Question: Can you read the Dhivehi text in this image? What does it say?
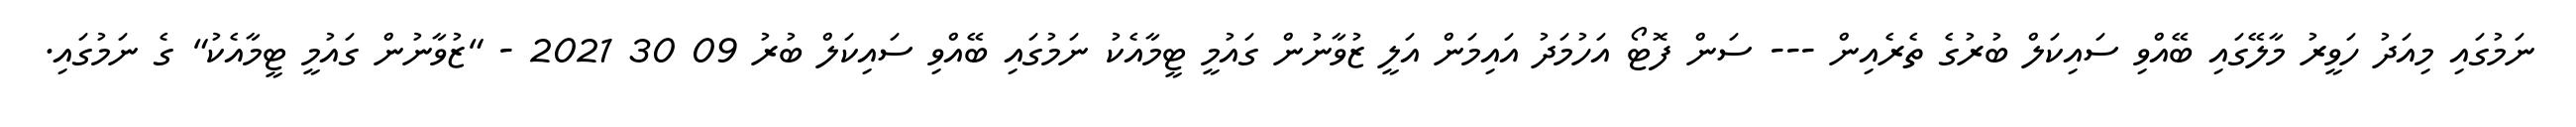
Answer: ނަމުގައި މިއަދު ހަވީރު މާލޭގައި ބޭއްވި ސައިކަލް ބުރުގެ ތެރެއިން --- ސަން ފޮޓޯ އަހުމަދު އައިމަން އަލީ ޒުވާނުން ގައުމީ ޓީމާއެކު ނަމުގައި ބޭއްވި ސައިކަލް ބުރު 09 30 2021 - "ޒުވާނުން ގައުމީ ޓީމާއެކު" ގެ ނަމުގައި.